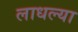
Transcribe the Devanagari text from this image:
लाधल्या